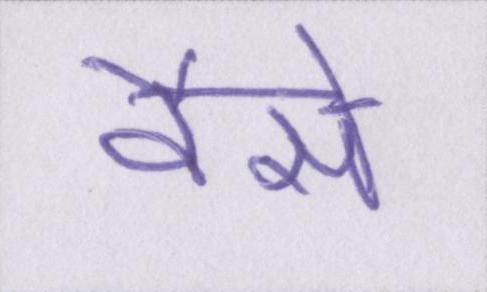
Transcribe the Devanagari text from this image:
वैसे